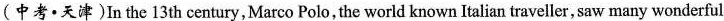
(中考∙天津 )In the 13 th century,Marco Polo, the world known Italian traveller, saw many wonderful